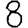
Digit: 8